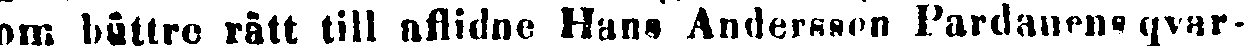
om bättre rätt till aflidne Hans Andersson Pardanen-qvar-